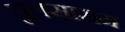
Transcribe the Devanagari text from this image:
तुलसाराम